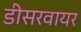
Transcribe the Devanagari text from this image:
डीसरवायर